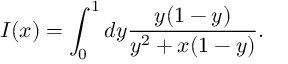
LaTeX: I ( x ) = \int _ { 0 } ^ { 1 } d y { \frac { y ( 1 - y ) } { y ^ { 2 } + x ( 1 - y ) } } .